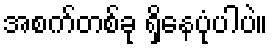
အစက်တစ်ခု ရှိနေပုံပါပဲ။